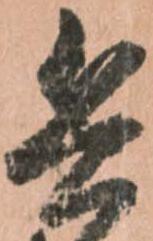
兵